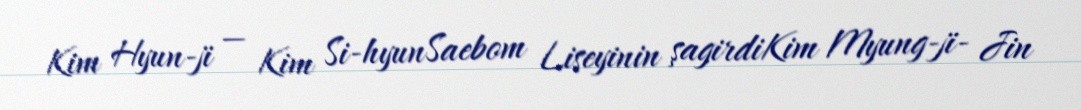
Kim Hyun-ji — Kim Si-hyunSaebom Liseyinin şagirdiKim Myung-ji- Jin